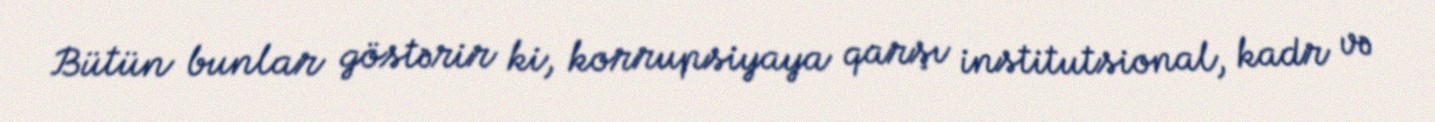
Bütün bunlar göstərir ki, korrupsiyaya qarşı institutsional, kadr və